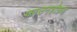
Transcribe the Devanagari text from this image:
फ़ाउनहोफ़र